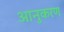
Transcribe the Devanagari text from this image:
आनुकरण